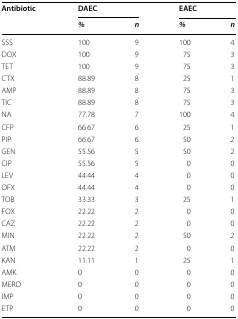
<table><thead><tr><td rowspan="2"><b>Antibiotic</b></td><td colspan="2"><b>DAEC</b></td><td colspan="2"><b>EAEC</b></td></tr><tr><td><b><i>%</i></b></td><td><b><i>n</i></b></td><td><b><i>%</i></b></td><td><b><i>n</i></b></td></tr></thead><tbody><tr><td>SSS</td><td>100</td><td>9</td><td>100</td><td>4</td></tr><tr><td>DOX</td><td>100</td><td>9</td><td>75</td><td>3</td></tr><tr><td>TET</td><td>100</td><td>9</td><td>75</td><td>3</td></tr><tr><td>CTX</td><td>88.89</td><td>8</td><td>25</td><td>1</td></tr><tr><td>AMP</td><td>88.89</td><td>8</td><td>75</td><td>3</td></tr><tr><td>TIC</td><td>88.89</td><td>8</td><td>75</td><td>3</td></tr><tr><td>NA</td><td>77.78</td><td>7</td><td>100</td><td>4</td></tr><tr><td>CFP</td><td>66.67</td><td>6</td><td>25</td><td>1</td></tr><tr><td>PIP</td><td>66.67</td><td>6</td><td>50</td><td>2</td></tr><tr><td>GEN</td><td>55.56</td><td>5</td><td>50</td><td>2</td></tr><tr><td>CIP</td><td>55.56</td><td>5</td><td>0</td><td>0</td></tr><tr><td>LEV</td><td>44.44</td><td>4</td><td>0</td><td>0</td></tr><tr><td>OFX</td><td>44.44</td><td>4</td><td>0</td><td>0</td></tr><tr><td>TOB</td><td>33.33</td><td>3</td><td>25</td><td>1</td></tr><tr><td>FOX</td><td>22.22</td><td>2</td><td>0</td><td>0</td></tr><tr><td>CAZ</td><td>22.22</td><td>2</td><td>0</td><td>0</td></tr><tr><td>MIN</td><td>22.22</td><td>2</td><td>50</td><td>2</td></tr><tr><td>ATM</td><td>22.22</td><td>2</td><td>0</td><td>0</td></tr><tr><td>KAN</td><td>11.11</td><td>1</td><td>25</td><td>1</td></tr><tr><td>AMK</td><td>0</td><td>0</td><td>0</td><td>0</td></tr><tr><td>MERO</td><td>0</td><td>0</td><td>0</td><td>0</td></tr><tr><td>IMP</td><td>0</td><td>0</td><td>0</td><td>0</td></tr><tr><td>ETP</td><td>0</td><td>0</td><td>0</td><td>0</td></tr></tbody></table>